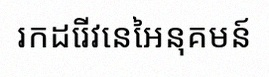
រកដេរីវេនៃអនុគមន៍